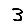
Digit: 3